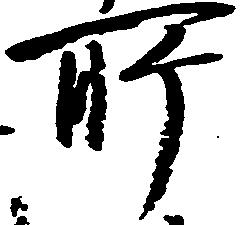
所